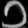
Digit: ၁